Civil Veterinary Department. United Provinces 1923-31 - 1923-1931
Year: 1923
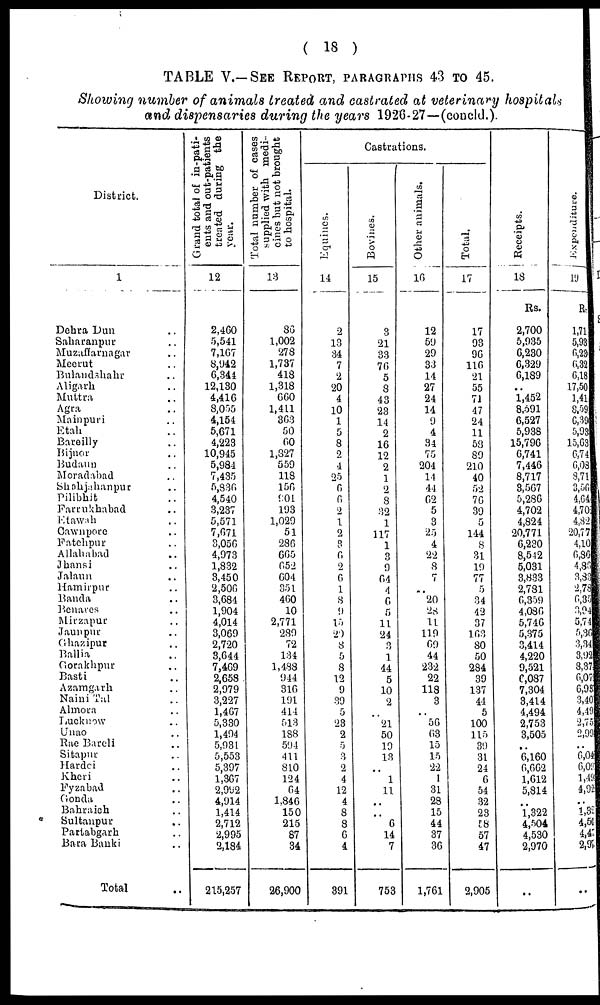
( 18 )
TABLE V.—SEE REPORT, PARAGRAPHS 43 TO 45.
Showing number of animals treated and castrated at veterinary hospitals
and dispensaries during the years 1926-27—(concld.).
District.
1
Dehra Dun ..
Saharanpur ..
Muzaffarnagar ..
Meerut ..
Bulandshahr ..
Aligarh ..
Muttra ..
Agra ..
Mainpuri ..
Etah ..
Bareilly ..
Bijnor ..
Budaun ..
Moradabad ..
Shahjahanpur ..
Pilibhit ..
Farrukhabad ..
Etawah ..
Cawnpore ..
Fatehpur ..
Allahabad ..
Jhansi ..
Jalaun ..
Hamirpur ..
Banda ..
Benares ..
Mirzapur ..
Jaunpur ..
Ghazipur ..
Ballia ..
Gorakhpur ..
Basti ..
Azamgarh ..
Naini Tal ..
Almora ..
Lucknow ..
Unao ..
Rae Bareli ..
Sitapur ..
Hardoi ..
Kheri ..
Fyzabad ..
Gonda ..
Bahraich ..
Sultanpur ..
Partabgarh ..
Bara Banki ..
Total ..
Grand total of in-pati-
ents and out-patients
treated during the
year.
12
2,460
5,541
7,167
8,942
6,344
12,180
4,416
8,055
4,154
5,671
4,223
10,945
5,984
7,435
5,836
4,540
3,237
5,571
7,671
3,050
4,973
1,832
3,450
2,500
3,684
1,904
4,014
3,069
2,720
3,644
7,469
2,658
2,979
3,227
1,467
5,330
1,494
5,931
5,553
5,397
1,367
2,992
4,914
1,414
2,712
2,995
2,184
215,257
Total number of cases
supplied with medi-
cines but not brought
to hospital.
13
86
1,002
278
1,737
418
1,318
660
1,411
363
50
60
1,827
559
118
150
901
193
1,029
51
286
665
652
604
351
460
10
2,771
289
72
134
1,488
944
316
191
414
513
188
594
411
810
124
64
1,846
150
215
87
34
26,900
Equines.
14
2
13
34
7
2
20
4
10
1
5
8
2
4
25
6
6
2
1
2
3
6
2
6
1
8
9
15
20
8
5
8
12
9
39
5
23
2
5
3
2
4
12
4
8
8
6
4
391
Castrations.
Bovines.
15
3
21
33
76
5
8
43
23
14
2
16
12
2
1
2
8
32
1
117
1
3
9
64
4
6
6
11
24
3
1
44
5
10
2
..
21
50
19
13
..
1
11
..
..
6
14
7
753
Other animals.
16
12
59
29
33
14
27
24
14
9
4
34
75
204
14
44
62
5
3
25
4
22
8
7
..
20
28
11
119
69
44
232
22
118
3
..
56
03
15
15
22
1
31
28
15
44
37
36
1,761
Total.
17
17
93
96
116
21
55
71
47
24
11
58
89
210
40
52
76
39
5
144
8
31
19
77
5
34
42
37
103
80
50
284
39
137
44
5
100
115
39
31
24
6
54
32
23
58
57
47
2,905
Receipts.
18
Rs.
2,700
5,935
6,230
6,329
6,189
..
1,452
8,591
6,527
5,938
15,796
6,741
7,446
8,717
8,567
5,286
4,702
4,824
20,771
6,230
8,542
5,031
3,833
2,781
6,359
4,086
5,746
5,375
3,414
4,220
9,521
6,087
7,304
8,414
4,494
2,753
3,505
..
6,160
6,662
1,612
5,814
1,322
4,504
4,530
2,970
..
Expenditure.
19
Rs.
1,71
5,93
6,23
6,23
6,18
17,50
1,41
8,59
6,39
5,93
15,63
6,74
6,03
8,71
3,50
4,64
4,70
4,82
20,77
4,10
6,80
4,86
3,83
2,78
6,35
3,94
5,74
5,36
3,34
3,92
8,31
6,07
6,98
3,40
4,49
2,75
2,99
..
6,04
6,09
1,49
4,92
..
1,32
4,50
4,47
2,95
..